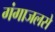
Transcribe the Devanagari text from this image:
गंगाजलसे